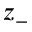
z _ { - }